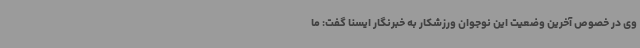
وی در خصوص آخرین وضعیت این نوجوان ورزشکار به خبرنگار ایسنا گفت: ما